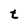
Character: t